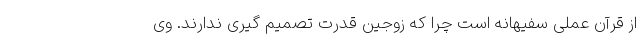
از قرآن عملی سفیهانه است چرا که زوجین قدرت تصمیم گیری ندارند. وی